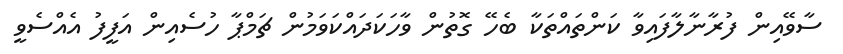
ސާވޭއިން ފުރާނާލާފައިވާ ކަންތައްތަކާ ބެހޭ ގޮތުން ވާހަކަދައްކަވަމުން ޗަމްޕާ ހުސެއިން އަފީފު އެއްސެވީ